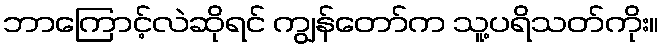
ဘာကြောင့်လဲဆိုရင် ကျွန်တော်က သူ့ပရိသတ်ကိုး။